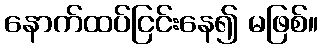
နောက်ထပ်ငြင်းနေ၍ မဖြစ်။